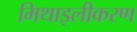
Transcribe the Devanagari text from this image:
मिथाइलीकरण